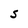
Character: S